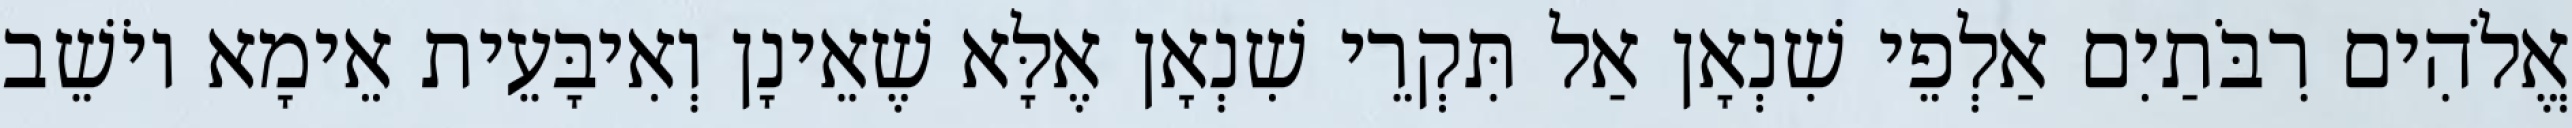
אֱלֹהִים רִבֹּתַיִם אַלְפֵי שִׁנְאָן אַל תִּקְרֵי שִׁנְאָן אֶלָּא שֶׁאֵינָן וְאִיבָּעֵית אֵימָא יוֹשֵׁב